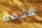
هجمة